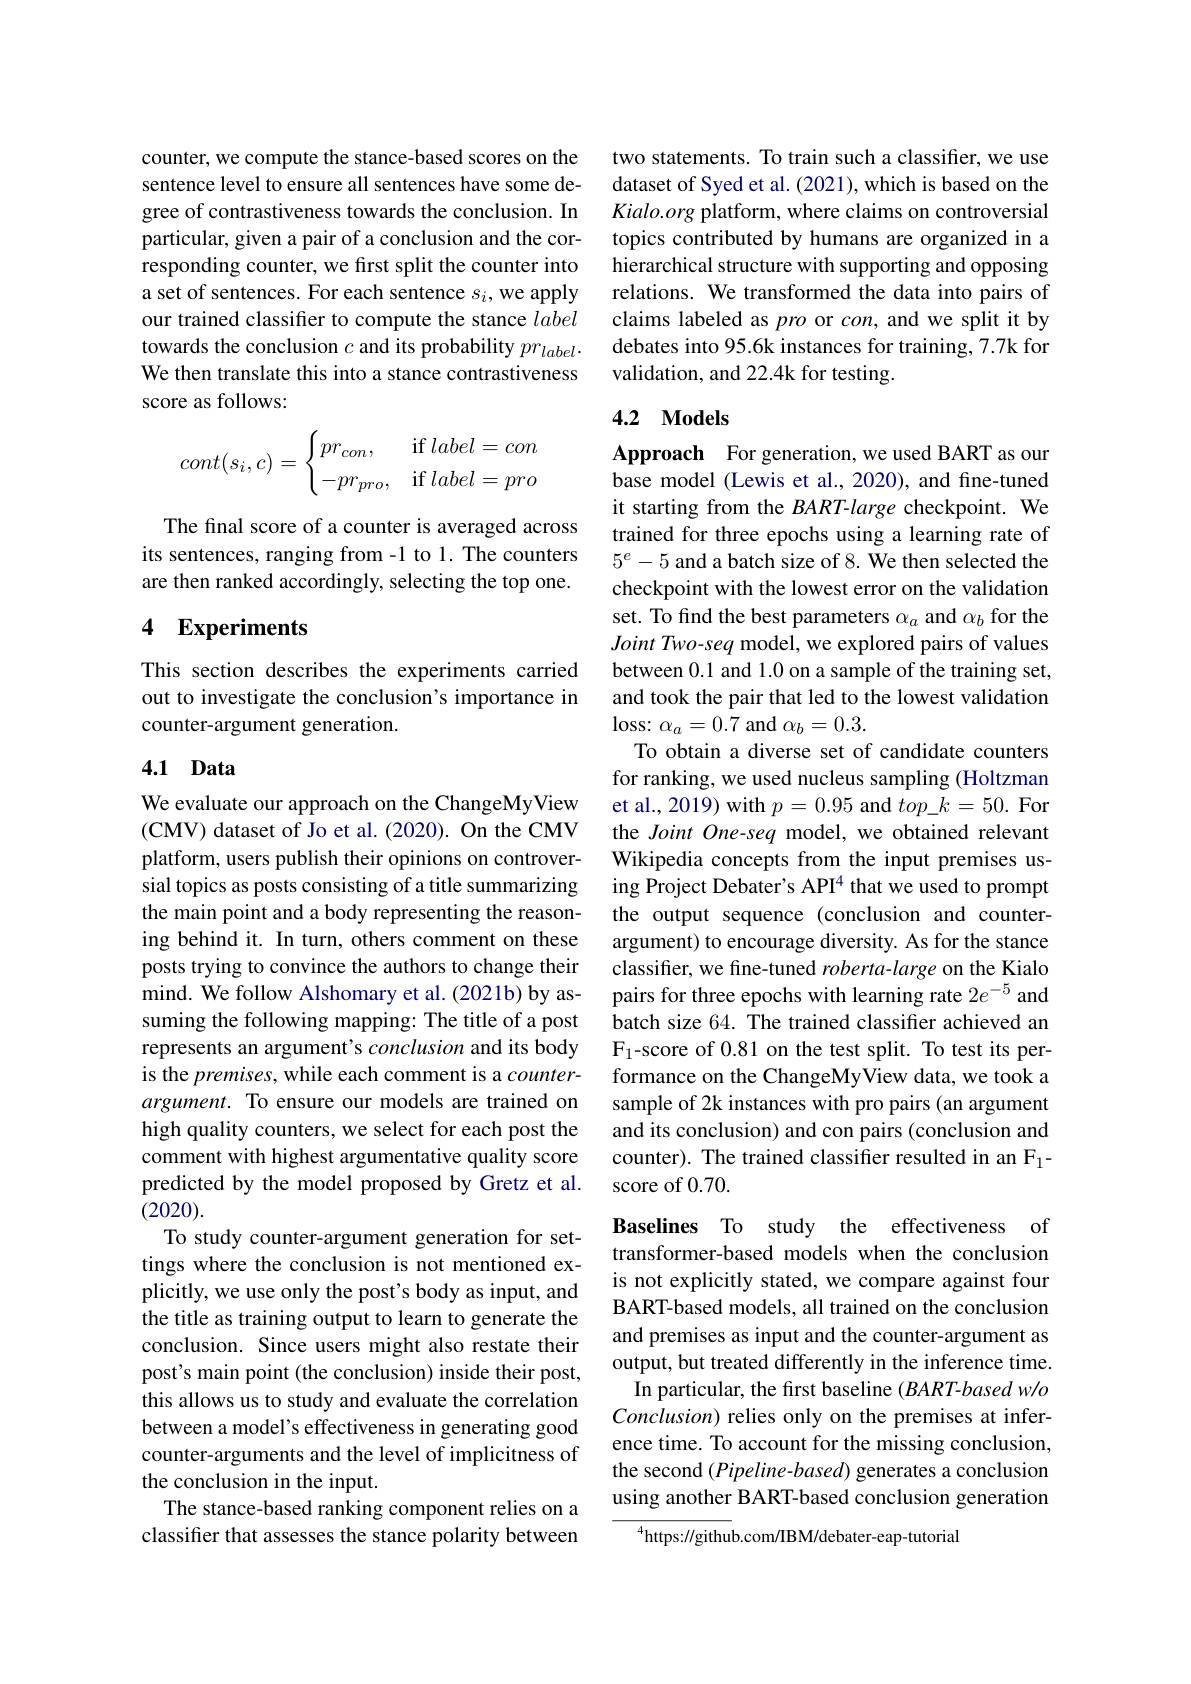
counter, we compute the stance-based scores on the sentence level to ensure all sentences have some degree of contrastiveness towards the conclusion. In particular, given a pair of a conclusion and the corresponding counter, we first split the counter into a set of sentences. For each sentence $s_i$,we apply our trained classifier to compute the stance label towards the conclusion $c$ and its probability $pr_label.$ We then translate this into a stance contrastiveness score as follows:
$$cont(s_i,c)=\begin{cases}pr_{con},&\text{if}\:label=con\\-pr_{pro},&\text{if}\:label=pro\end{cases}$$
The final score of a counter is averaged across its sentences, ranging from -1 to 1. The counters are then ranked accordingly, selecting the top one.

## 4 Experiments

This section describes the experiments carried out to investigate the conclusion's importance in counter-argument generation.

## 4.1 Data

We evaluate our approach on the ChangeMyView (CMV) dataset of Jo et al.(2020). On the CMV platform, users publish their opinions on controversial topics as posts consisting of a title summarizing the main point and a body representing the reasoning behind it. In turn, others comment on these posts trying to convince the authors to change their mind. We follow Alshomary et al. (2021b) by assuming the following mapping: The title of a post represents an argument's conclusion and its body is the premises, while each comment is a counterargument. To ensure our models are trained on high quality counters, we select for each post the comment with highest argumentative quality score predicted by the model proposed by Gretz et al. (2020).
To study counter-argument generation for settings where the conclusion is not mentioned explicitly, we use only the post's body as input, and the title as training output to learn to generate the conclusion. Since users might also restate their post's main point (the conclusion) inside their post, this allows us to study and evaluate the correlation between a model's effectiveness in generating good counter-arguments and the level of implicitness of the conclusion in the input.
The stance-based ranking component relies on a classifier that assesses the stance polarity between

two statements. To train such a classifier, we use dataset of Syed et al. (2021), which is based on the Kialo.org platform, where claims on controversial topics contributed by humans are organized in a hierarchical structure with supporting and opposing relations. We transformed the data into pairs of claims labeled as pro or con, and we split it by debates into 95.6k instances for training, 7.7k for validation, and 22.4k for testing.

## 4.2 Models

Approach For generation, we used BART as our base model (Lewis et al., 2020), and fine-tuned it starting from the $BART-large$ checkpoint. We trained for three epochs using a learning rate of $5^e-5$ and a batch size of 8. We then selected the checkpoint with the lowest error on the validation set. To find the best parameters $\alpha_a$ and $\alpha_b$ for the Joint Two-seq model, we explored pairs of values between 0.1 and 1.0 on a sample of the training set, and took the pair that led to the lowest validation $\operatorname{loss:}\alpha_{a}=0.7$ and $\alpha_b=0.3.$
To obtain a diverse set of candidate counters for ranking, we used nucleus sampling (Holtzman et al., 2019) with $p=0.95$ and $top\_k=50.$ For the Joint One-seq model, we obtained relevant Wikipedia concepts from the input premises using Project Debater's API$^{4}$ that we used to prompt the output sequence (conclusion and counterargument) to encourage diversity. As for the stance classifier, we fine-tuned $roberta-large$ on the Kialo pairs for three epochs with learning rate $2e^-5$ and batch size 64. The trained classifier achieved an $\mathrm{F}_{1}$-score of 0.81 on the test split. To test its performance on the ChangeMyView data, we took a sample of 2k instances with pro pairs (an argument and its conclusion) and con pairs (conclusion and counter). The trained classifier resulted in an F$_1-$ score of 0.70.

Baselines To study the effectiveness of transformer-based models when the conclusion is not explicitly stated, we compare against four BART-based models, all trained on the conclusion and premises as input and the counter-argument as output, but treated differently in the inference time.
In particular, the first baseline $(BART-basedw/o$ Conclusion) relies only on the premises at inference time. To account for the missing conclusion, the second (Pipeline-based) generates a conclusion using another BART-based conclusion generation

$^{4}$https://github.com/IBM/debater-eap-tutorial